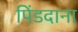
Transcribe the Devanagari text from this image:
पिंडदाना